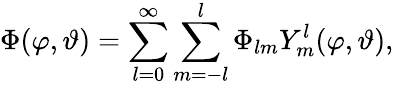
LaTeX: \Phi(\varphi,\vartheta)=\sum_{l=0}^{\infty}\sum_{m=-l}^{l}\Phi_{lm}Y_{m}^{l}(\varphi,\vartheta),